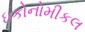
ઇકોનોમીકલ